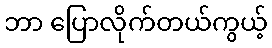
ဘာ ပြောလိုက်တယ်ကွယ့်